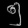
Digit: ၅